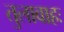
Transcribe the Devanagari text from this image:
तुलावाहः